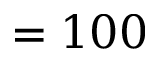
= 1 0 0